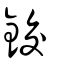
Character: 鉸